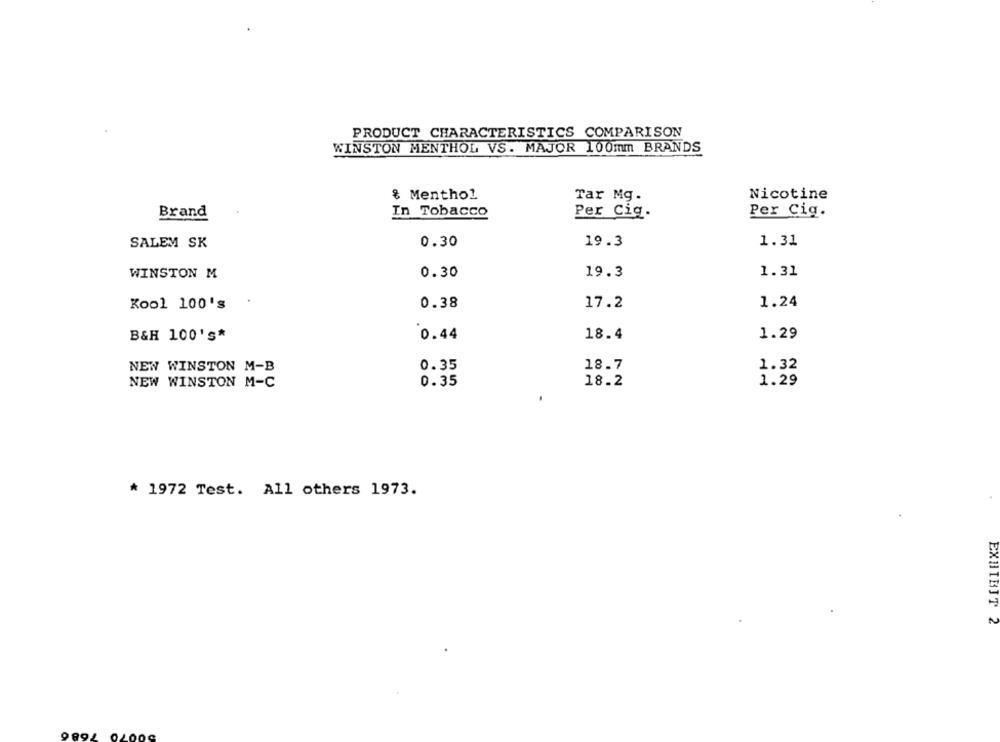
PRODUCT CHARACTERISTICS COMPARISON
WINSTON MENTHOL VS. MAJOR 100mm BRANDS
& Menthol
Tar Mg.
Nicotine
Brand
In Tobacco
Per Cig.
Per Cig.
SALEM SK
0.30
19.3
1.31
WINSTON M
0.30
19.3
1.31
0.38
17.2
1.24
Kool 100's
B&H 100'S*
0.44
18.4
1.29
NEW WINSTON M-B
0.35
18.7
1.32
NEW WINSTON M-C
0.35
18.2
1.29
* 1972 Test. All others 1973.
EXHIBIT 2
9894 0400